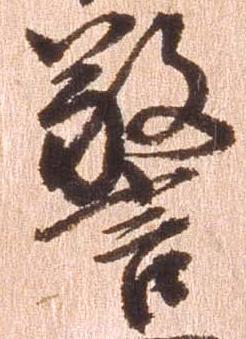
警